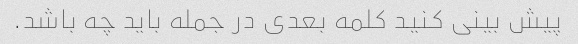
پیش بینی کنید کلمه بعدی در جمله باید چه باشد.